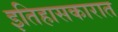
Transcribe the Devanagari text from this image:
इतिहासकारात